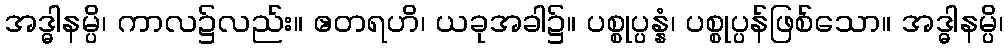
အဒ္ဓါနမ္ပိ၊ ကာလ၌လည်း။ ဧတရဟိ၊ ယခုအခါ၌။ ပစ္စုပ္ပန္နံ၊ ပစ္စုပ္ပန်ဖြစ်သော။ အဒ္ဓါနမ္ပိ၊